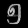
Digit: ၅